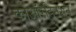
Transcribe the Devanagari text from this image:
कोऑरडिनेशन